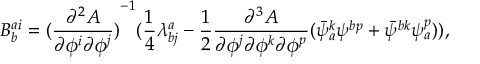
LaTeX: B _ { b } ^ { a i } = { ( \frac { \partial ^ { 2 } A } { \partial \phi ^ { i } \partial \phi ^ { j } } ) } ^ { - 1 } ( \frac { 1 } { 4 } \lambda _ { b j } ^ { a } - \frac { 1 } { 2 } \frac { \partial ^ { 3 } A } { \partial \phi ^ { j } \partial \phi ^ { k } \partial \phi ^ { p } } ( \bar { \psi } _ { a } ^ { k } \psi ^ { b p } + \bar { \psi } ^ { b k } \psi _ { a } ^ { p } ) ) ,